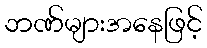
ဘဏ်များအနေဖြင့်